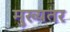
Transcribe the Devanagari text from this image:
मुख्यतर